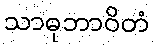
သာဓုဘာဝိတံ